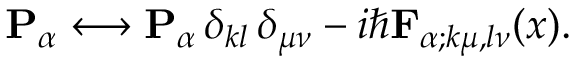
{ \mathbf { P } } _ { \alpha } \longleftrightarrow { \mathbf { P } } _ { \alpha } \, \delta _ { k l } \, \delta _ { \mu \nu } - i \hbar { \mathbf { F } } _ { \alpha ; k \mu , l \nu } ( x ) .